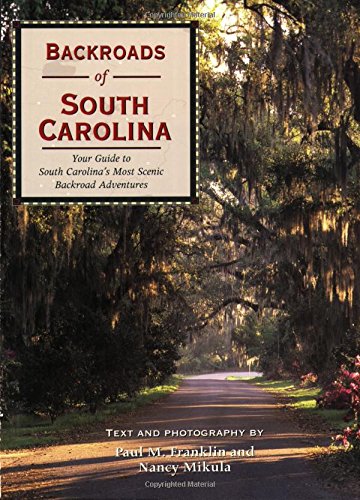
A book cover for Backroads of South Carolina: Your Guide to South Carolina's Most Scenic Backroad Adventures; Paul M. Franklin; Travel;